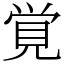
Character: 覚